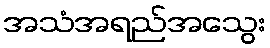
အသံအရည်အသွေး